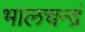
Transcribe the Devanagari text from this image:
भालचन्द्रं